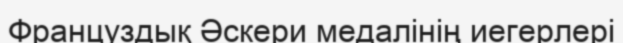
Француздық Әскери медалінің иегерлері